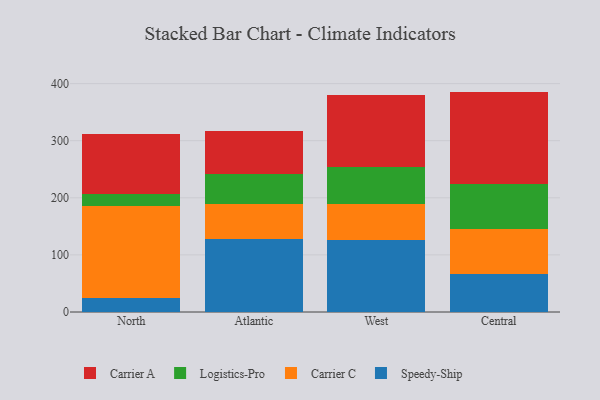
{"axis": {"x": "Region", "y": "Net Income (USD K)"}, "legend": ["Carrier A", "Carrier C", "Logistics-Pro", "Speedy-Ship"], "data": [{"x": "North", "y": 25.4, "type": "Speedy-Ship"}, {"x": "North", "y": 160.3, "type": "Carrier C"}, {"x": "North", "y": 20.1, "type": "Logistics-Pro"}, {"x": "North", "y": 105.5, "type": "Carrier A"}, {"x": "Atlantic", "y": 127.9, "type": "Speedy-Ship"}, {"x": "Atlantic", "y": 60.9, "type": "Carrier C"}, {"x": "Atlantic", "y": 53.7, "type": "Logistics-Pro"}, {"x": "Atlantic", "y": 75.3, "type": "Carrier A"}, {"x": "West", "y": 126.5, "type": "Speedy-Ship"}, {"x": "West", "y": 62.6, "type": "Carrier C"}, {"x": "West", "y": 64.0, "type": "Logistics-Pro"}, {"x": "West", "y": 126.5, "type": "Carrier A"}, {"x": "Central", "y": 66.4, "type": "Speedy-Ship"}, {"x": "Central", "y": 79.5, "type": "Carrier C"}, {"x": "Central", "y": 77.5, "type": "Logistics-Pro"}, {"x": "Central", "y": 162.6, "type": "Carrier A"}]}